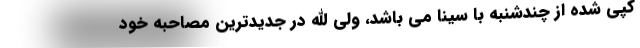
کپی شده از چندشنبه با سینا می باشد، ولی الله در جدیدترین مصاحبه خود